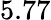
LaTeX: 5.77